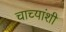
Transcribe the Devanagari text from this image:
चाच्यांशी